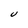
Character: U